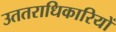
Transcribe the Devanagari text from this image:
उततराधिकारियों